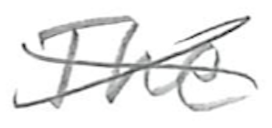
Text: The
Cross-out: cross
Writing tool: pencil